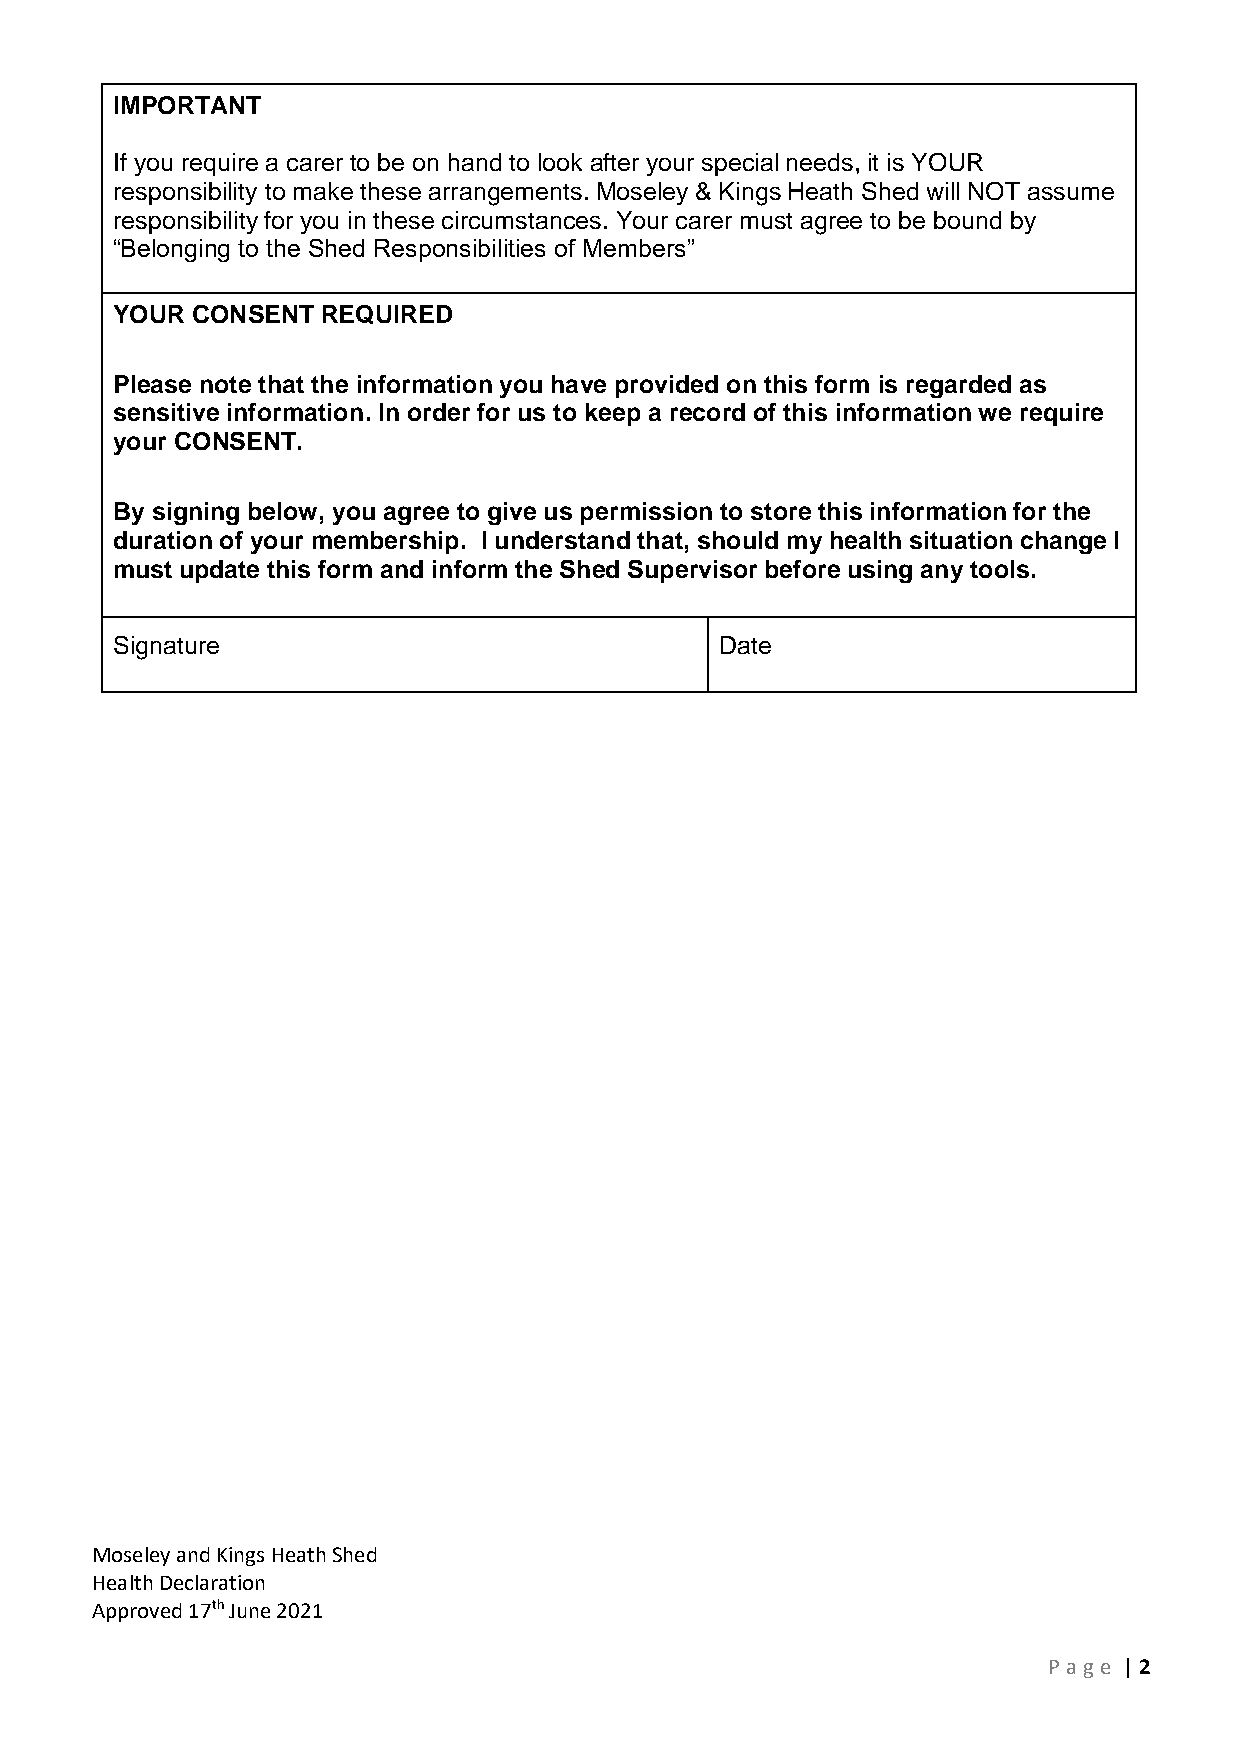
IMPORTANT
 If you require a carer to be on hand to look after your special needs, it is YOUR
 responsibility to make these arrangements. Moseley & Kings Heath Shed will NOT assume
 responsibility for you in these circumstances. Your carer must agree to be bound by
 “Belonging to the Shed Responsibilities of Members”
 YOUR  CONSENT REQUIRED
 Please note that the information you have provided on this form is regarded as
 sensitive information. In order for us to keep a record of this information we require
 your CONSENT.
 By signing below, you agree to give us permission to store this information for the
 duration of your membership. I understand that, should my health situation change I
 must update this form and inform the Shed Supervisor before using any tools.
 Signature                                Date
 Moseley and Kings Heath Shed
 Health Declaration
 Approved 17th June 2021
 P age | 2